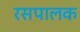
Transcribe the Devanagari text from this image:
रसपालक